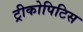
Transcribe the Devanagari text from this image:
ट्रीकोपिटिस